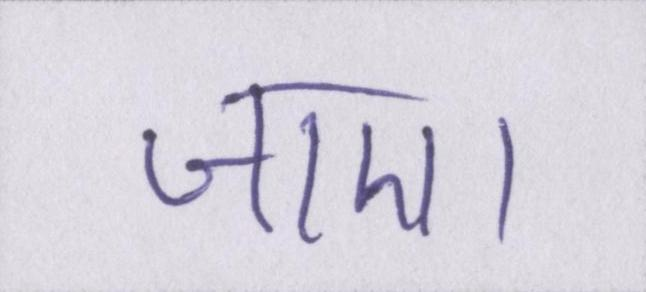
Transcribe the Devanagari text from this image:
जाए।